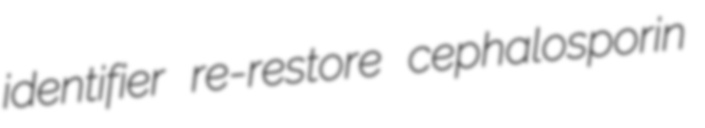
identifier re-restore cephalosporin